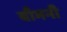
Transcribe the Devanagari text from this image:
बाँभनी